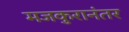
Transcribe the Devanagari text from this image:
मजकुरानंतर